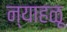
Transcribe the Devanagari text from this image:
न्याहळू